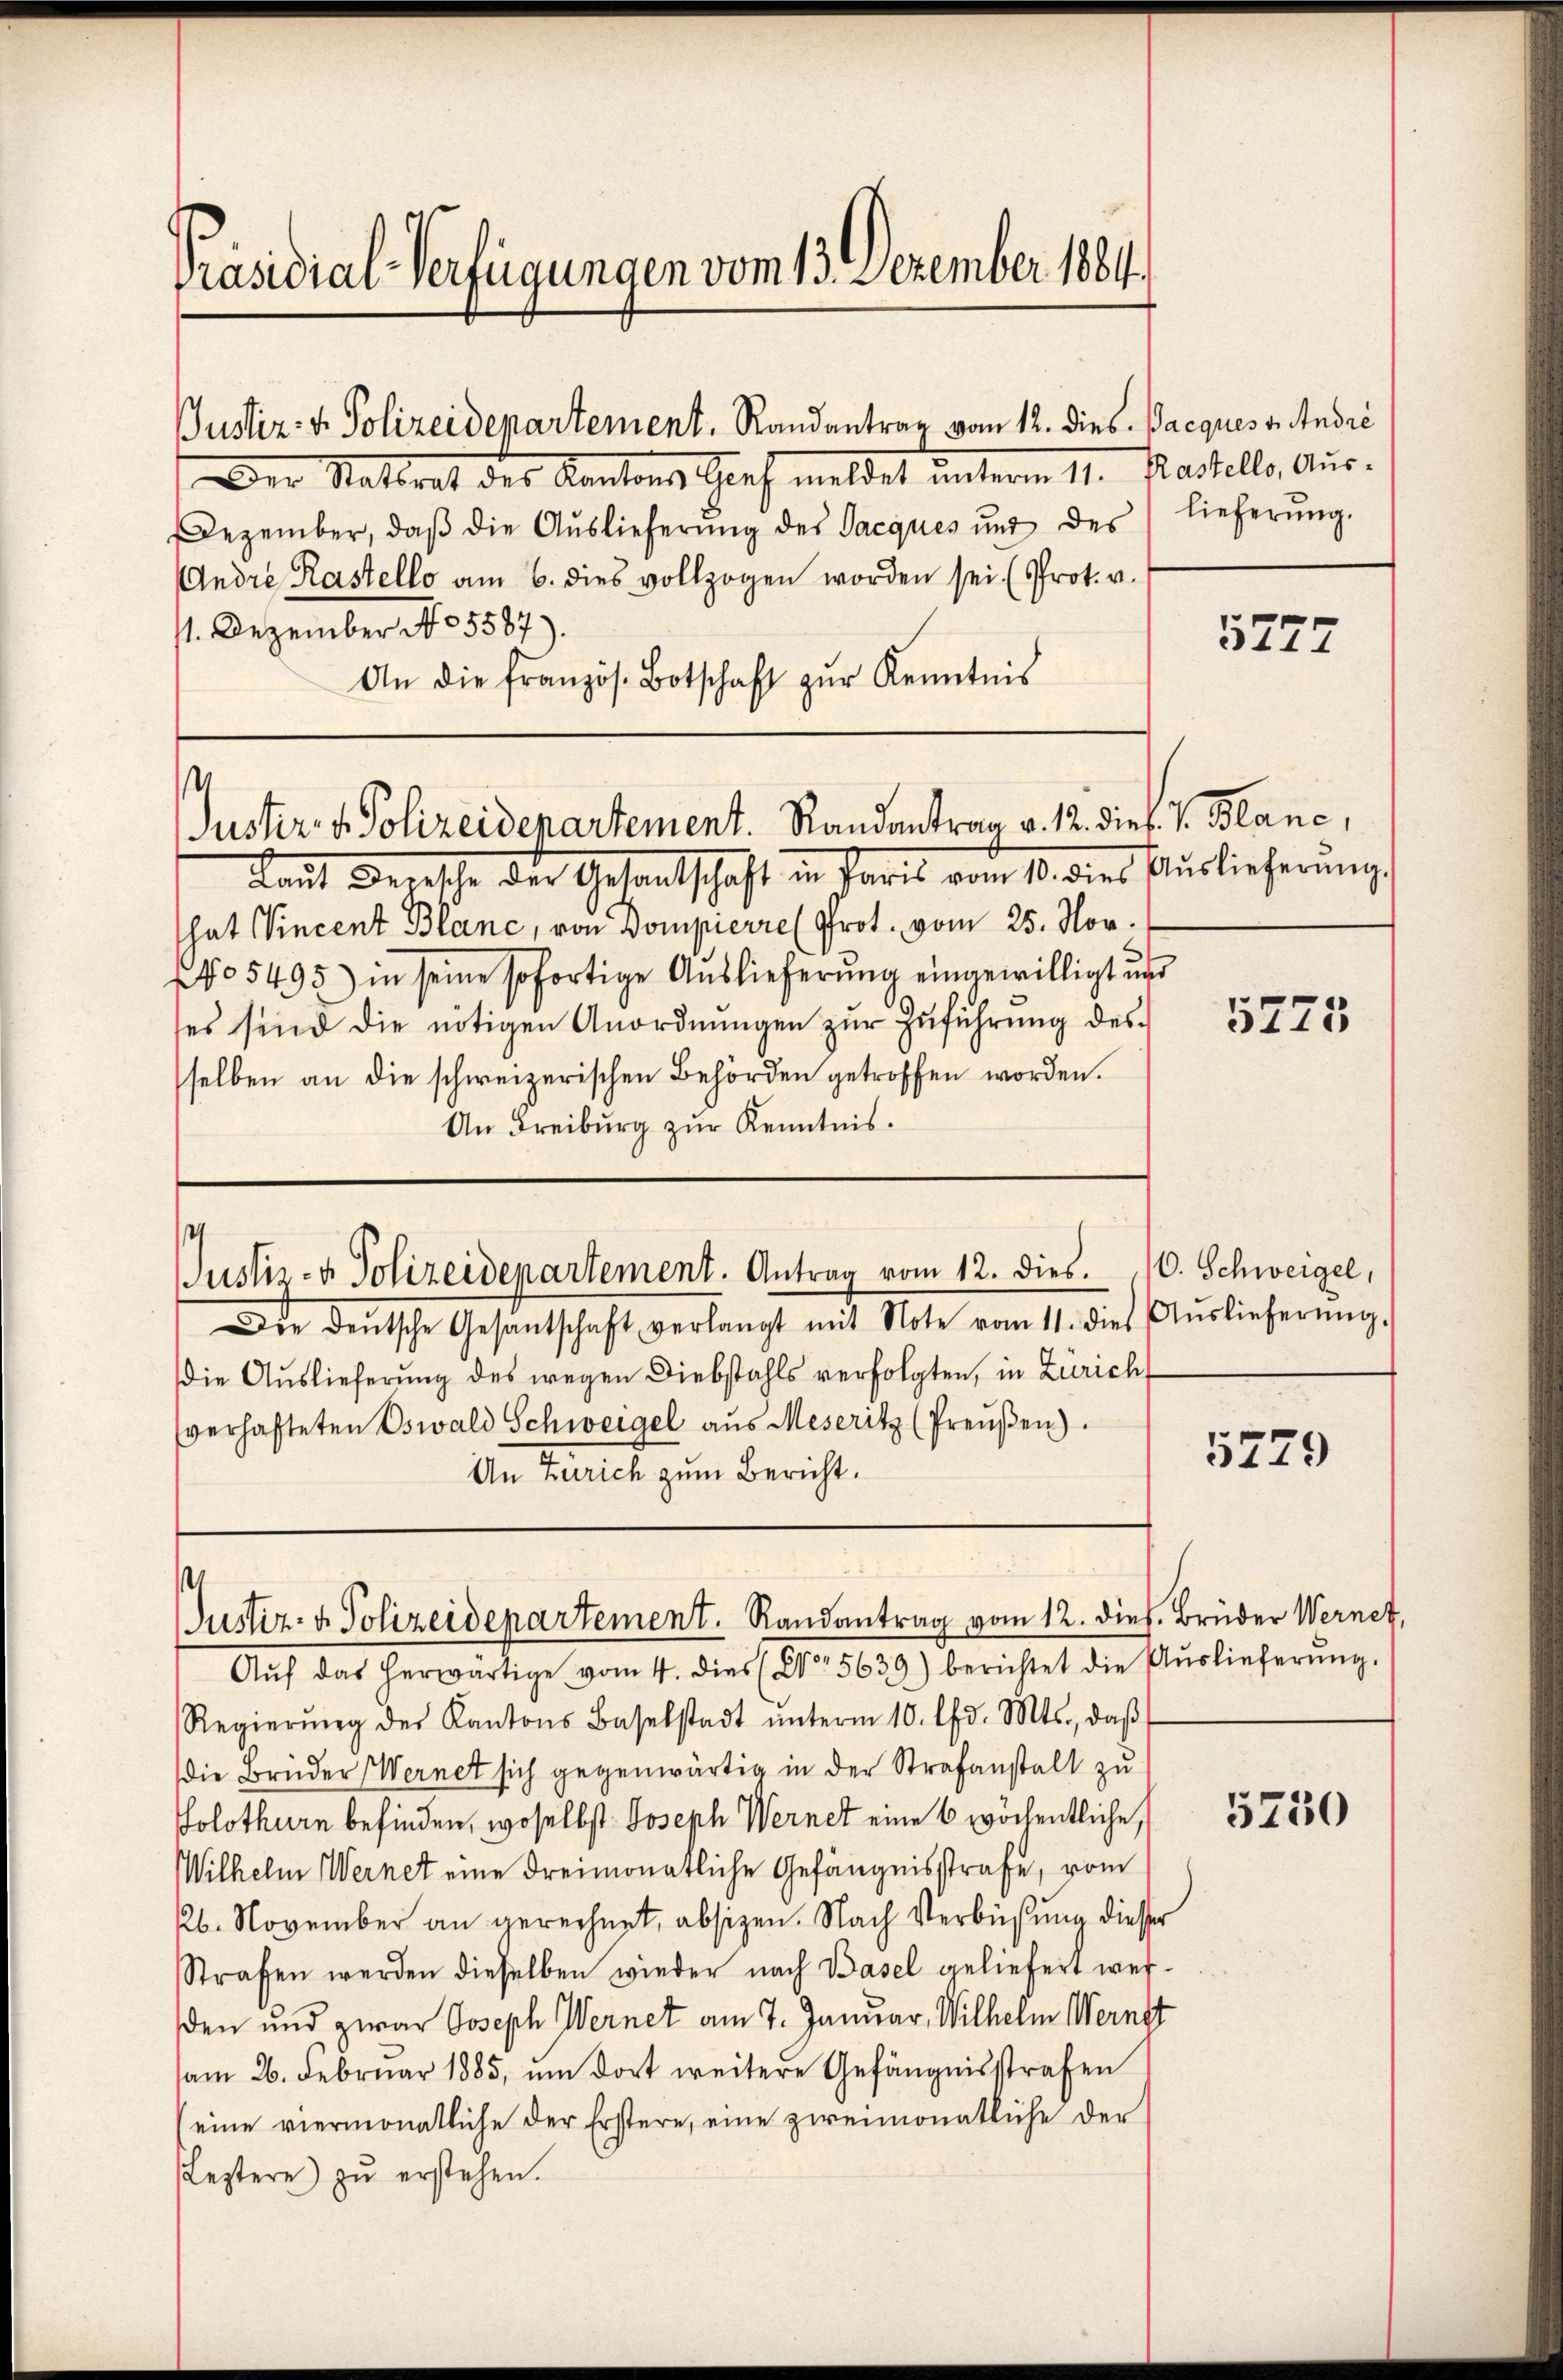
Präsidial-Verfügungen vom 13. Dezember 1884.

Justiz- & Polizeidepartement. Randantrag vom 12. dies. Pacques v. André

Der Stattrat des Kantons Hoch meldet unterm 1. Pastelle, Aus-
Dezember, daβ die Aŭslieferŭng des Jacques und des lieferŭng.
Andre Kastello am 6. dies vollzogen worden sei. (Prot. v.
11. Dezember No 5587).
An die französ. Botschaft zŭr Kenntnis

s
Justiz- & Polizeidenartement. Randantrag v. 12. dies. v. Blanc,

Rat Mensche der Gesandtschaft in Paris vom 10. dies Auslieferung
hat Vincent Blanc, von Dompierre (Prot. vom 25. Nov.
NNo 5493) in seine sofortige Auslieferŭng eingewilligt und
ses sind die nötigen Anordnŭngen zŭr Zŭführŭng des
selben an die schweizerischen Behörden getroffen worden.
An Freiburg zur Kenntnis.

s
Justiz- & Polizeidepartement. Antrag vom 12. dies. 10. Schweigel,

Die deŭtsche Gesantschaft verlangt mit Note vom 11. dies Aŭslieferŭng.
die Aŭslieferŭng des wegen Diebstahls verfolgten, in Zürich
verhafteten Oswald Schweigel aŭs Meseritz (Preŭβen).
An Zürich zum Bericht.

Justiz- & Polizeidenartement. Randantrag vom 12. dies. Brüder Wernet,
Aŭf das herwärtige vom 4. dies (Nr. 5639) berichtet die Aŭslieferŭng.

Regierŭng des Kantons Baselstadt ŭnterm 10. lfd. Mts., daβ
die Brüder Wernet sich gegenwärtig in der Strafanstalt zu
Solothurn befinden, woselbst Joseph Wernet eine 6 wöchentliche,
Wilhelm Wernet eine dreimonatliche Gefängnisstrafe, vom
26. November an gerechnet, absizen. Nach Verbüßung diesser
Strafen werden dieselben wieder nach Basel geliefert wer-
den und zwar Joseph Wernet am 7. Januar, Wilhelm Wernst
am 26. Februar 1885, ŭm dort weitere Gefängnisstrafen
eine viermonatliche der Erstere, eine zweimonatliche der
Leztere zŭ erstehen.

5777

5775

5279

5750